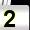
Digit: 2